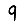
Digit: 9